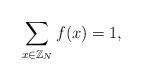
LaTeX: \begin{align*}\sum_{x\in\mathbb{Z}_N} f(x)=1, \end{align*}